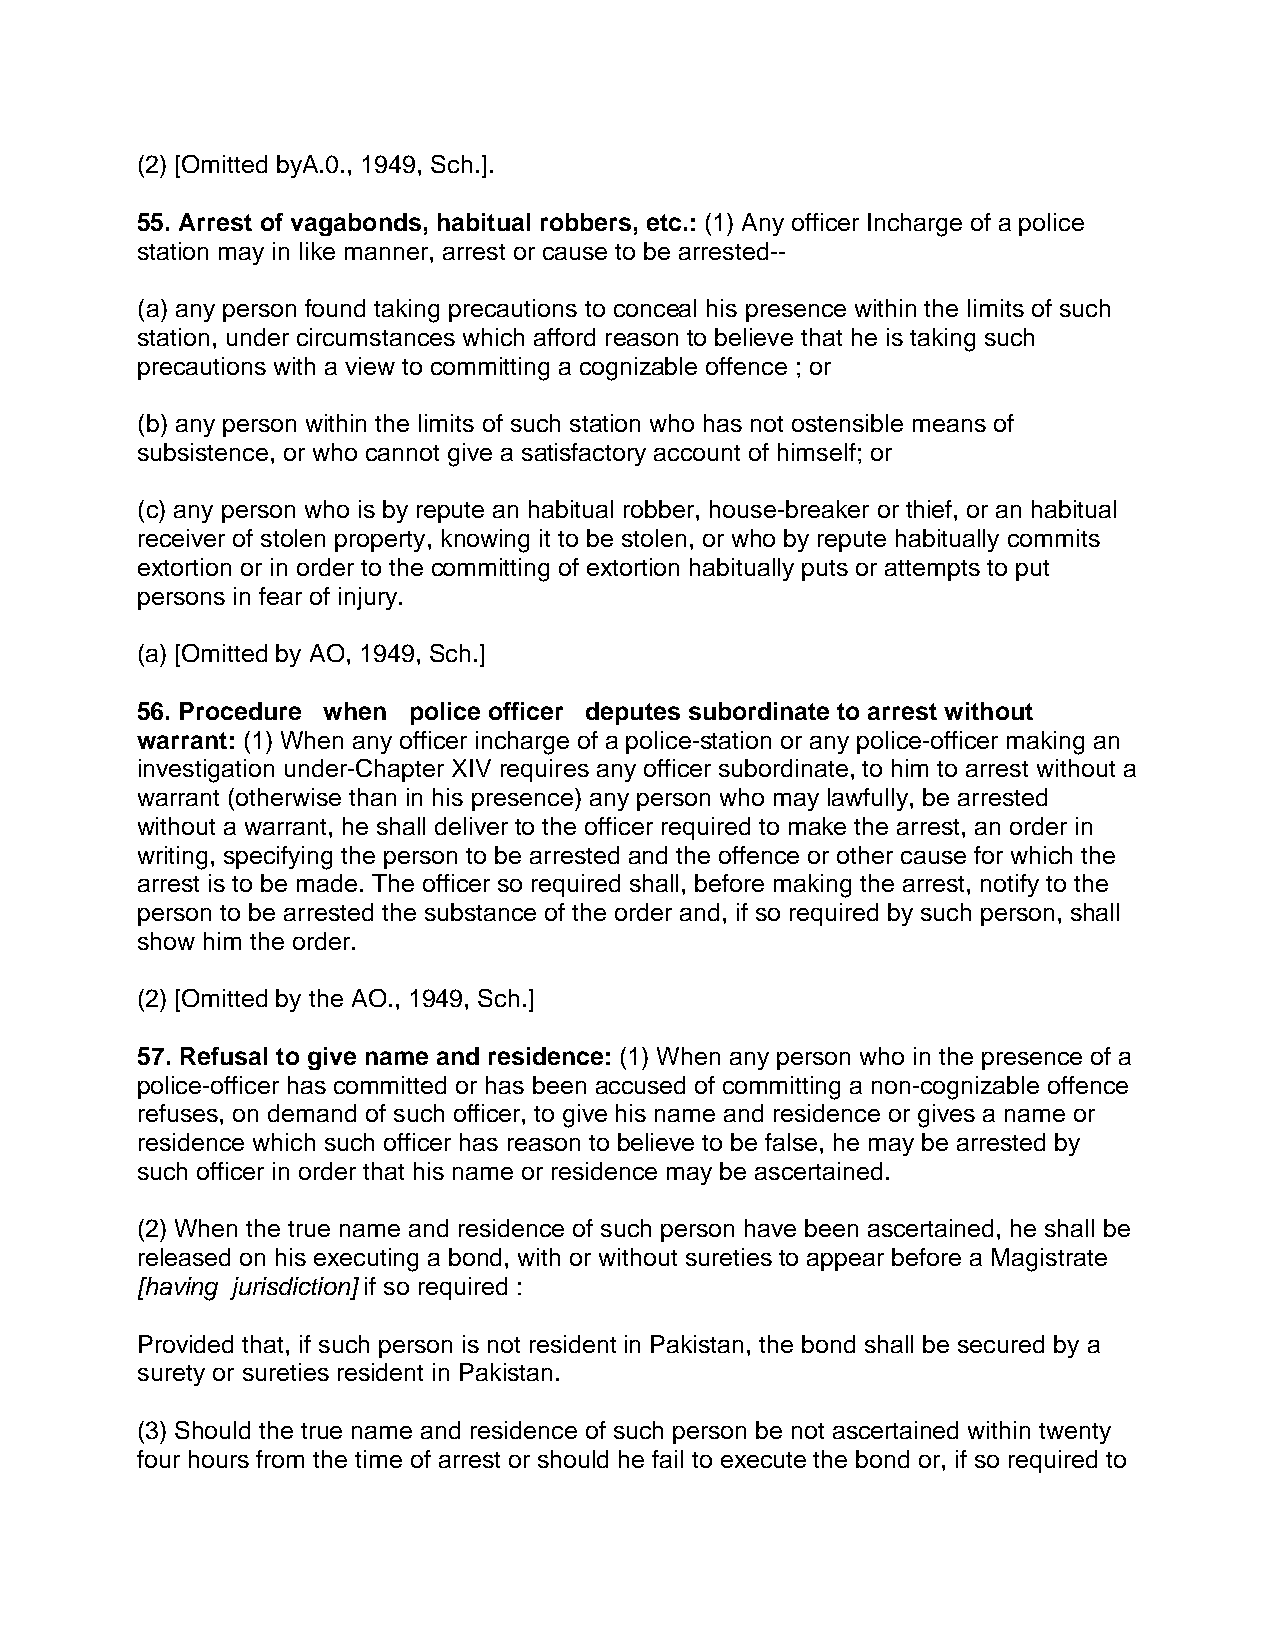
(2) [Omitted byA.0., 1949, Sch.].
 55. Arrest of vagabonds, habitual robbers, etc.: (1) Any officer Incharge of a police
 station may in like manner, arrest or cause to be arrested--
 (a) any person found taking precautions to conceal his presence within the limits of such
 station, under circumstances which afford reason to believe that he is taking such
 precautions with a view to committing a cognizable offence ; or
 (b) any person within the limits of such station who has not ostensible means of
 subsistence, or who cannot give a satisfactory account of himself; or
 (c) any person who is by repute an habitual robber, house-breaker or thief, or an habitual
 receiver of stolen property, knowing it to be stolen, or who by repute habitually commits
 extortion or in order to the committing of extortion habitually puts or attempts to put
 persons in fear of injury.
 (a) [Omitted by AO, 1949, Sch.]
 56. Procedure when police officer deputes subordinate to arrest without
 warrant: (1) When any officer incharge of a police-station or any police-officer making an
 investigation under-Chapter XIV requires any officer subordinate, to him to arrest without a
 warrant (otherwise than in his presence) any person who may lawfully, be arrested
 without a warrant, he shall deliver to the officer required to make the arrest, an order in
 writing, specifying the person to be arrested and the offence or other cause for which the
 arrest is to be made. The officer so required shall, before making the arrest, notify to the
 person to be arrested the substance of the order and, if so required by such person, shall
 show him the order.
 (2) [Omitted by the AO., 1949, Sch.]
 57. Refusal to give name and residence: (1) When any person who in the presence of a
 police-officer has committed or has been accused of committing a non-cognizable offence
 refuses, on demand of such officer, to give his name and residence or gives a name or
 residence which such officer has reason to believe to be false, he may be arrested by
 such officer in order that his name or residence may be ascertained.
 (2) When the true name and residence of such person have been ascertained, he shall be
 released on his executing a bond, with or without sureties to appear before a Magistrate
 [having jurisdiction] if so required :
 Provided that, if such person is not resident in Pakistan, the bond shall be secured by a
 surety or sureties resident in Pakistan.
 (3) Should the true name and residence of such person be not ascertained within twenty
 four hours from the time of arrest or should he fail to execute the bond or, if so required to